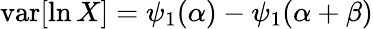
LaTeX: \operatorname{var}[\ln X]=\psi_{1}(\alpha)-\psi_{1}(\alpha+\beta)